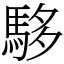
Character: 䮈